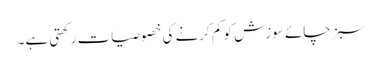
سبز چائے سوزش کو کم کرنے کی خصوصیات رکھتی ہے۔